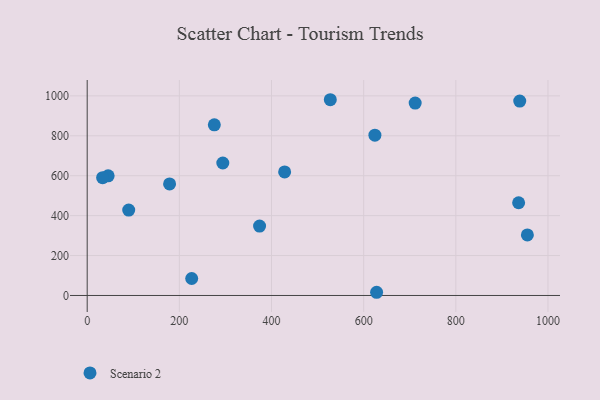
{"axis": {"x": "Ad Spend", "y": "Demand"}, "legend": ["Scenario 2"], "data": [{"x": "628.1", "y": 16.0, "type": "Scenario 2"}, {"x": "711.8", "y": 964.1, "type": "Scenario 2"}, {"x": "955.3", "y": 303.3, "type": "Scenario 2"}, {"x": "294.3", "y": 663.8, "type": "Scenario 2"}, {"x": "178.8", "y": 559.1, "type": "Scenario 2"}, {"x": "45.5", "y": 599.4, "type": "Scenario 2"}, {"x": "624.4", "y": 803.0, "type": "Scenario 2"}, {"x": "90.1", "y": 427.9, "type": "Scenario 2"}, {"x": "33.5", "y": 590.1, "type": "Scenario 2"}, {"x": "527.6", "y": 980.8, "type": "Scenario 2"}, {"x": "374.1", "y": 347.5, "type": "Scenario 2"}, {"x": "226.8", "y": 85.1, "type": "Scenario 2"}, {"x": "938.7", "y": 974.2, "type": "Scenario 2"}, {"x": "936.3", "y": 464.5, "type": "Scenario 2"}, {"x": "428.5", "y": 618.9, "type": "Scenario 2"}, {"x": "275.9", "y": 854.9, "type": "Scenario 2"}]}